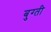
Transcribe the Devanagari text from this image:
बुग्ती